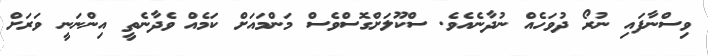
ވިސްނާފައި ނުރޯ ދުވަހެއް ނުދާނެއެވެ. ސްކޫލަށްގޮސްވެސް މަންމައަށް ކަމެއް ވެދާނެތީ އިންނަނީ ވަރަށް